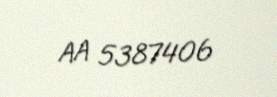
AA 5387406